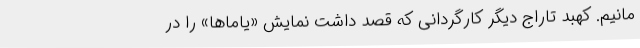
‌مانیم. کهبد تاراج دیگر کارگردانی که قصد داشت نمایش «یاماها» را در